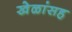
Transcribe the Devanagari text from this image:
खेळांसह